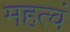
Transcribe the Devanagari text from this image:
महत्वं